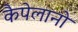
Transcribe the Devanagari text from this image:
कैपेलानो